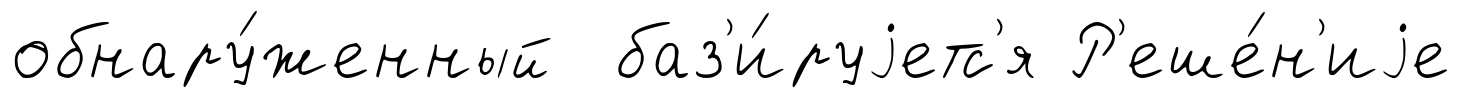
обнару́женный баз'и́руjетс'я Р'еше́н'иjе